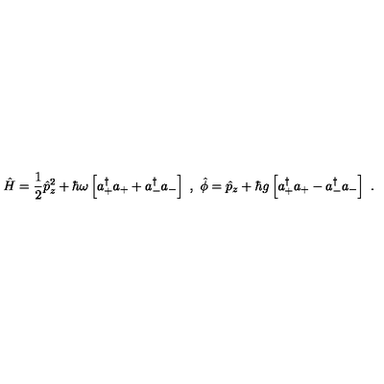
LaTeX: \hat { H } = \frac { 1 } { 2 } \hat { p } _ { z } ^ { 2 } + \hbar \omega \left[ a _ { + } ^ { \dagger } a _ { + } + a _ { - } ^ { \dagger } a _ { - } \right] \ , \ \hat { \phi } = \hat { p } _ { z } + \hbar g \left[ a _ { + } ^ { \dagger } a _ { + } - a _ { - } ^ { \dagger } a _ { - } \right] \ .